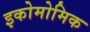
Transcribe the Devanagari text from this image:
इकोमोमिक